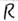
Text: R